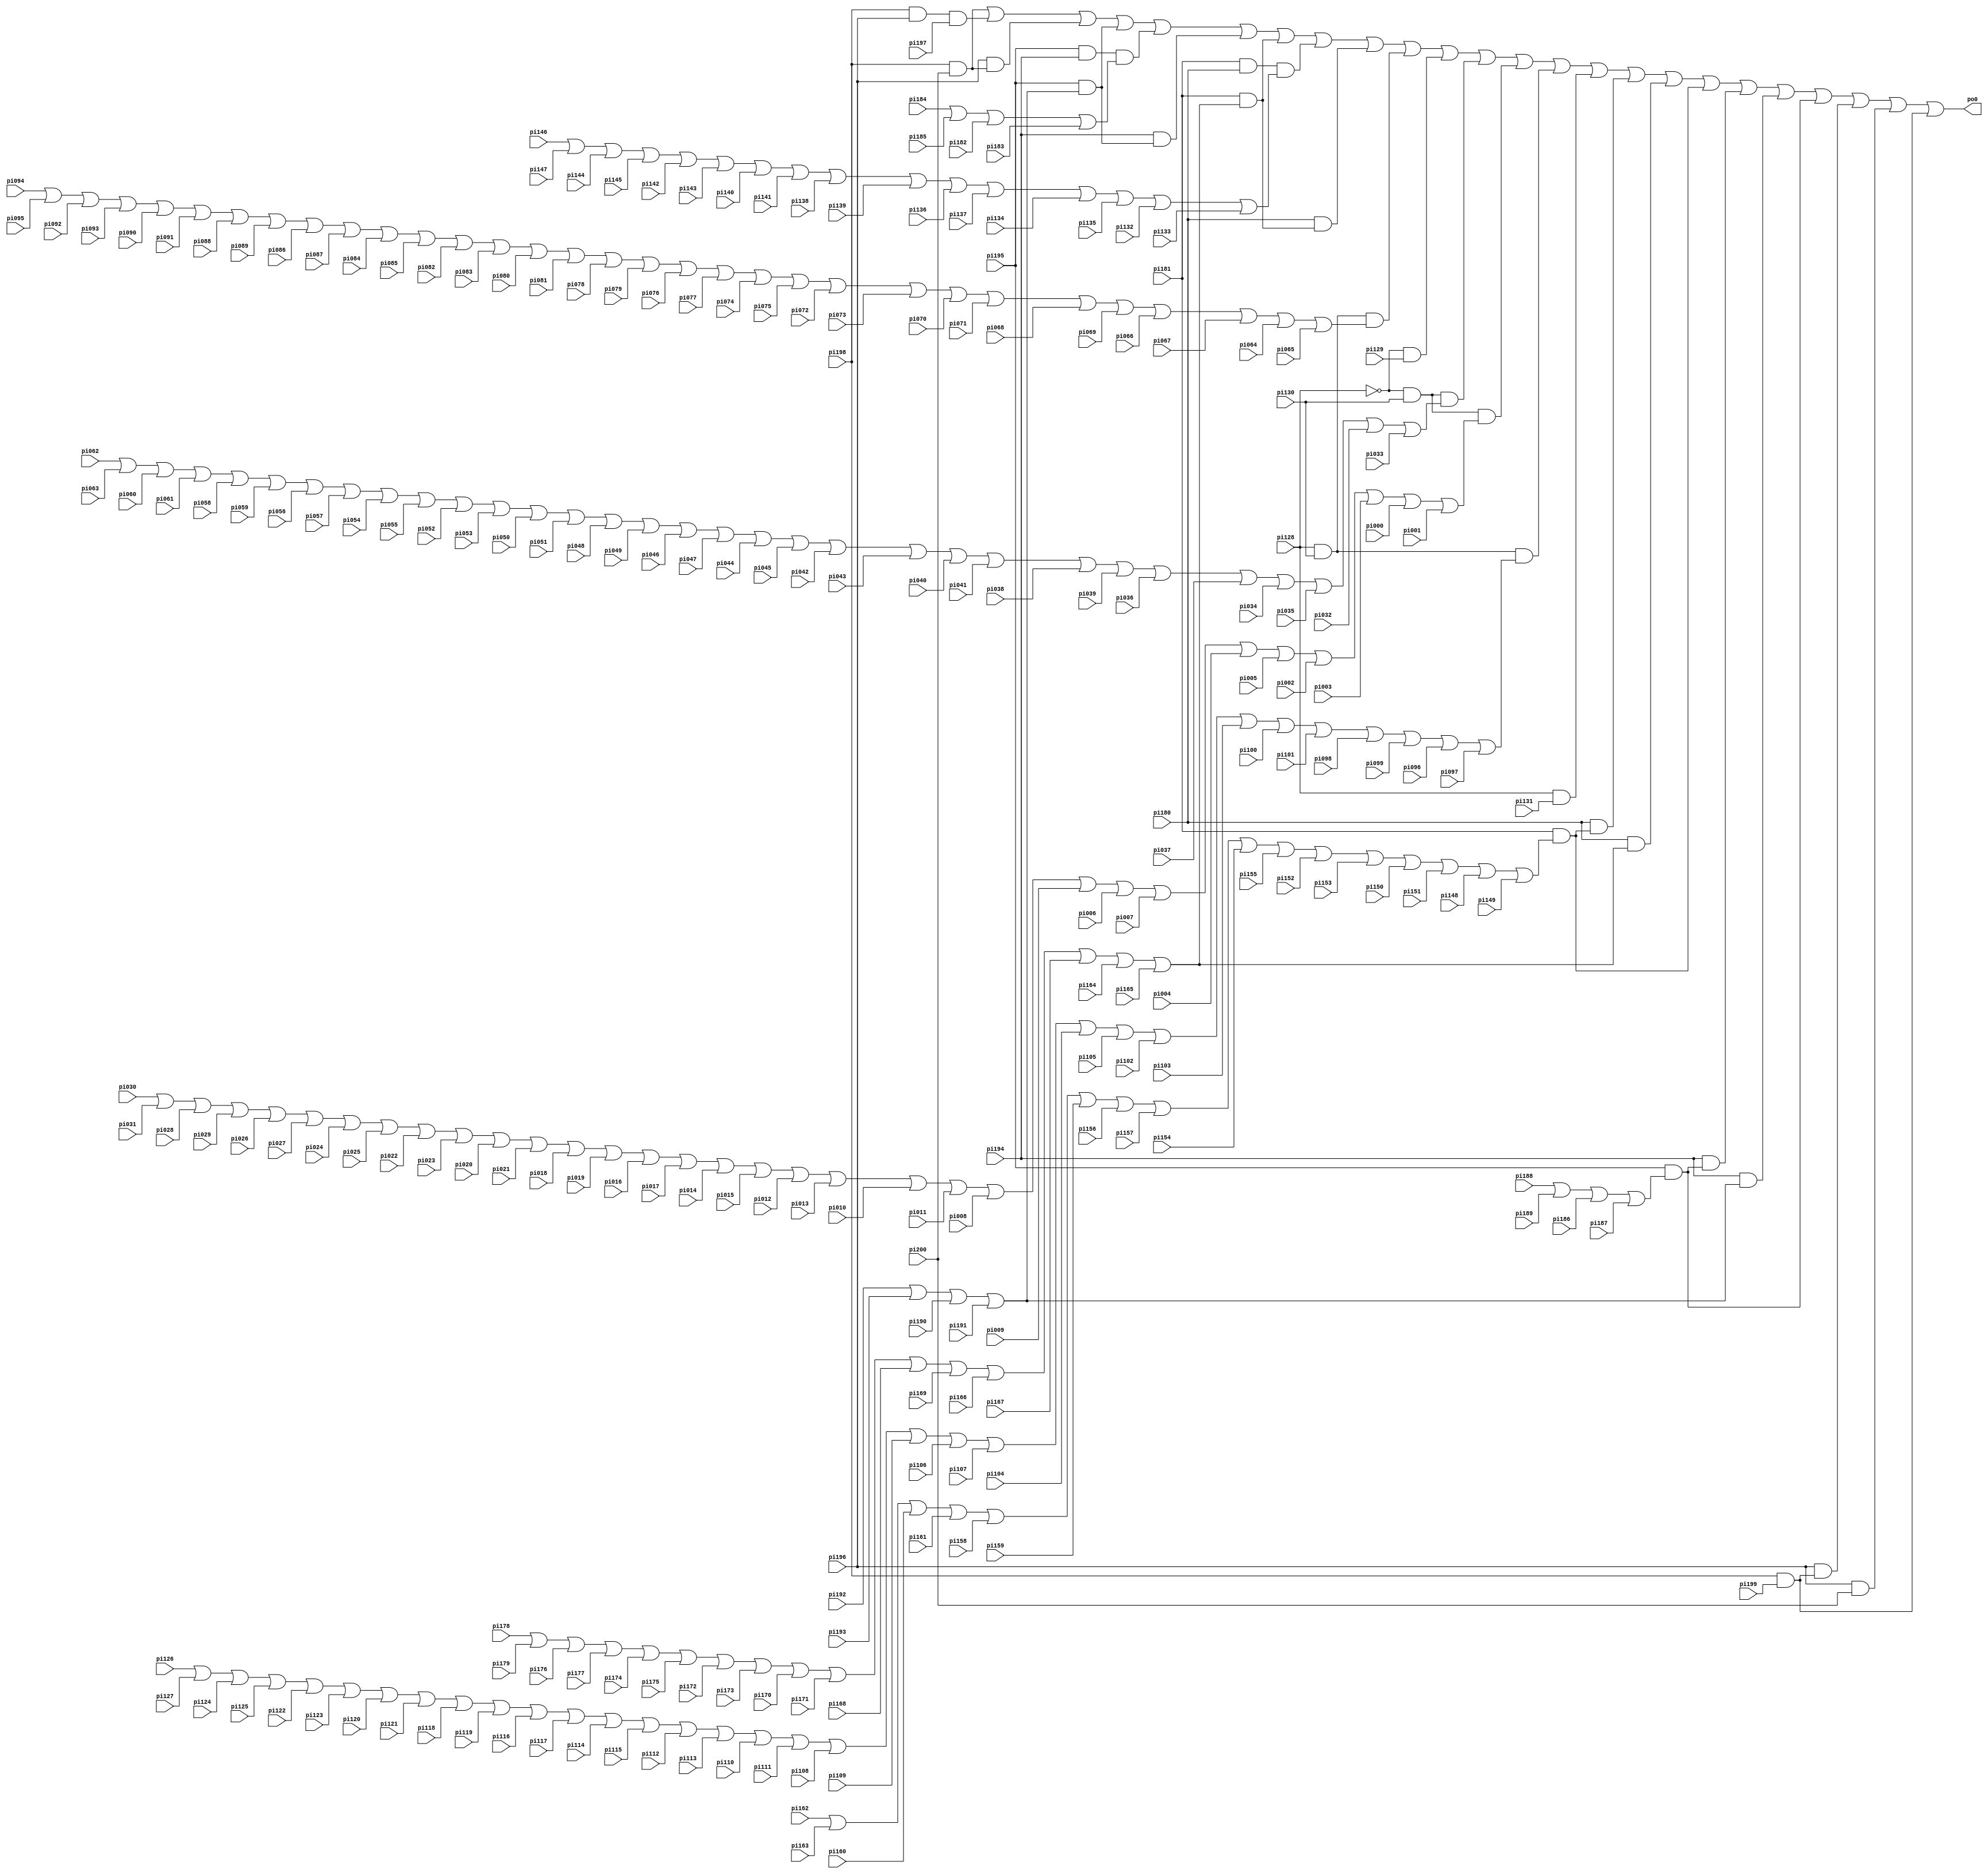
// Benchmark "i2" written by ABC on Thu Mar 19 13:02:36 2020

module i2 ( 
    pi000, pi001, pi002, pi003, pi004, pi005, pi006, pi007, pi008, pi009,
    pi010, pi011, pi012, pi013, pi014, pi015, pi016, pi017, pi018, pi019,
    pi020, pi021, pi022, pi023, pi024, pi025, pi026, pi027, pi028, pi029,
    pi030, pi031, pi032, pi033, pi034, pi035, pi036, pi037, pi038, pi039,
    pi040, pi041, pi042, pi043, pi044, pi045, pi046, pi047, pi048, pi049,
    pi050, pi051, pi052, pi053, pi054, pi055, pi056, pi057, pi058, pi059,
    pi060, pi061, pi062, pi063, pi064, pi065, pi066, pi067, pi068, pi069,
    pi070, pi071, pi072, pi073, pi074, pi075, pi076, pi077, pi078, pi079,
    pi080, pi081, pi082, pi083, pi084, pi085, pi086, pi087, pi088, pi089,
    pi090, pi091, pi092, pi093, pi094, pi095, pi096, pi097, pi098, pi099,
    pi100, pi101, pi102, pi103, pi104, pi105, pi106, pi107, pi108, pi109,
    pi110, pi111, pi112, pi113, pi114, pi115, pi116, pi117, pi118, pi119,
    pi120, pi121, pi122, pi123, pi124, pi125, pi126, pi127, pi128, pi129,
    pi130, pi131, pi132, pi133, pi134, pi135, pi136, pi137, pi138, pi139,
    pi140, pi141, pi142, pi143, pi144, pi145, pi146, pi147, pi148, pi149,
    pi150, pi151, pi152, pi153, pi154, pi155, pi156, pi157, pi158, pi159,
    pi160, pi161, pi162, pi163, pi164, pi165, pi166, pi167, pi168, pi169,
    pi170, pi171, pi172, pi173, pi174, pi175, pi176, pi177, pi178, pi179,
    pi180, pi181, pi182, pi183, pi184, pi185, pi186, pi187, pi188, pi189,
    pi190, pi191, pi192, pi193, pi194, pi195, pi196, pi197, pi198, pi199,
    pi200,
    po0  );
  input  pi000, pi001, pi002, pi003, pi004, pi005, pi006, pi007, pi008,
    pi009, pi010, pi011, pi012, pi013, pi014, pi015, pi016, pi017, pi018,
    pi019, pi020, pi021, pi022, pi023, pi024, pi025, pi026, pi027, pi028,
    pi029, pi030, pi031, pi032, pi033, pi034, pi035, pi036, pi037, pi038,
    pi039, pi040, pi041, pi042, pi043, pi044, pi045, pi046, pi047, pi048,
    pi049, pi050, pi051, pi052, pi053, pi054, pi055, pi056, pi057, pi058,
    pi059, pi060, pi061, pi062, pi063, pi064, pi065, pi066, pi067, pi068,
    pi069, pi070, pi071, pi072, pi073, pi074, pi075, pi076, pi077, pi078,
    pi079, pi080, pi081, pi082, pi083, pi084, pi085, pi086, pi087, pi088,
    pi089, pi090, pi091, pi092, pi093, pi094, pi095, pi096, pi097, pi098,
    pi099, pi100, pi101, pi102, pi103, pi104, pi105, pi106, pi107, pi108,
    pi109, pi110, pi111, pi112, pi113, pi114, pi115, pi116, pi117, pi118,
    pi119, pi120, pi121, pi122, pi123, pi124, pi125, pi126, pi127, pi128,
    pi129, pi130, pi131, pi132, pi133, pi134, pi135, pi136, pi137, pi138,
    pi139, pi140, pi141, pi142, pi143, pi144, pi145, pi146, pi147, pi148,
    pi149, pi150, pi151, pi152, pi153, pi154, pi155, pi156, pi157, pi158,
    pi159, pi160, pi161, pi162, pi163, pi164, pi165, pi166, pi167, pi168,
    pi169, pi170, pi171, pi172, pi173, pi174, pi175, pi176, pi177, pi178,
    pi179, pi180, pi181, pi182, pi183, pi184, pi185, pi186, pi187, pi188,
    pi189, pi190, pi191, pi192, pi193, pi194, pi195, pi196, pi197, pi198,
    pi199, pi200;
  output po0;
  wire new_n203_, new_n204_, new_n205_, new_n206_, new_n207_, new_n208_,
    new_n209_, new_n210_, new_n211_, new_n212_, new_n213_, new_n214_,
    new_n215_, new_n216_, new_n217_, new_n218_, new_n219_, new_n220_,
    new_n221_, new_n222_, new_n223_, new_n224_, new_n225_, new_n226_,
    new_n227_, new_n228_, new_n229_, new_n230_, new_n231_, new_n232_,
    new_n233_, new_n234_, new_n235_, new_n236_, new_n237_;
  assign new_n203_ = pi030 | pi031 | pi028 | pi029 | pi026 | pi027 | pi024 | pi025 | pi022 | pi023 | pi020 | pi021 | pi018 | pi019 | pi016 | pi017 | pi014 | pi015 | pi012 | pi013 | pi010 | pi011 | pi008 | pi009 | pi006 | pi007 | pi004 | pi005 | pi002 | pi003 | pi000 | pi001;
  assign new_n204_ = pi062 | pi063 | pi060 | pi061 | pi058 | pi059 | pi056 | pi057 | pi054 | pi055 | pi052 | pi053 | pi050 | pi051 | pi048 | pi049 | pi046 | pi047 | pi044 | pi045 | pi042 | pi043 | pi040 | pi041 | pi038 | pi039 | pi036 | pi037 | pi034 | pi035 | pi032 | pi033;
  assign new_n205_ = pi094 | pi095 | pi092 | pi093 | pi090 | pi091 | pi088 | pi089 | pi086 | pi087 | pi084 | pi085 | pi082 | pi083 | pi080 | pi081 | pi078 | pi079 | pi076 | pi077 | pi074 | pi075 | pi072 | pi073 | pi070 | pi071 | pi068 | pi069 | pi066 | pi067 | pi064 | pi065;
  assign new_n206_ = pi126 | pi127 | pi124 | pi125 | pi122 | pi123 | pi120 | pi121 | pi118 | pi119 | pi116 | pi117 | pi114 | pi115 | pi112 | pi113 | pi110 | pi111 | pi108 | pi109 | pi106 | pi107 | pi104 | pi105 | pi102 | pi103 | pi100 | pi101 | pi098 | pi099 | pi096 | pi097;
  assign new_n207_ = ~pi128;
  assign new_n208_ = new_n207_ & pi129;
  assign new_n209_ = new_n207_ & pi130 & new_n203_;
  assign new_n210_ = new_n207_ & pi130 & new_n204_;
  assign new_n211_ = pi128 & pi131;
  assign new_n212_ = pi128 & pi130 & new_n205_;
  assign new_n213_ = pi128 & pi130 & new_n206_;
  assign new_n214_ = pi146 | pi147 | pi144 | pi145 | pi142 | pi143 | pi140 | pi141 | pi138 | pi139 | pi136 | pi137 | pi134 | pi135 | pi132 | pi133;
  assign new_n215_ = pi162 | pi163 | pi160 | pi161 | pi158 | pi159 | pi156 | pi157 | pi154 | pi155 | pi152 | pi153 | pi150 | pi151 | pi148 | pi149;
  assign new_n216_ = pi178 | pi179 | pi176 | pi177 | pi174 | pi175 | pi172 | pi173 | pi170 | pi171 | pi168 | pi169 | pi166 | pi167 | pi164 | pi165;
  assign new_n217_ = pi181 & pi180 & new_n214_;
  assign new_n218_ = pi181 & new_n215_;
  assign new_n219_ = pi180 & new_n218_;
  assign new_n220_ = pi181 & new_n216_;
  assign new_n221_ = pi180 & new_n220_;
  assign new_n222_ = pi180 & new_n216_;
  assign new_n223_ = pi184 | pi185 | pi182 | pi183;
  assign new_n224_ = pi188 | pi189 | pi186 | pi187;
  assign new_n225_ = pi192 | pi193 | pi190 | pi191;
  assign new_n226_ = pi195 & pi194 & new_n223_;
  assign new_n227_ = pi195 & new_n224_;
  assign new_n228_ = pi194 & new_n227_;
  assign new_n229_ = pi195 & new_n225_;
  assign new_n230_ = pi194 & new_n229_;
  assign new_n231_ = pi194 & new_n225_;
  assign new_n232_ = pi198 & pi196 & pi197;
  assign new_n233_ = pi198 & pi199;
  assign new_n234_ = pi196 & new_n233_;
  assign new_n235_ = pi198 & pi200;
  assign new_n236_ = pi196 & new_n235_;
  assign new_n237_ = pi196 & pi200;
  assign po0 = new_n235_ | new_n232_ | new_n236_ | new_n229_ | new_n226_ | new_n230_ | new_n220_ | new_n217_ | new_n221_ | new_n212_ | new_n208_ | new_n210_ | new_n209_ | new_n213_ | new_n211_ | new_n219_ | new_n222_ | new_n218_ | new_n228_ | new_n231_ | new_n227_ | new_n234_ | new_n237_ | new_n233_;
endmodule